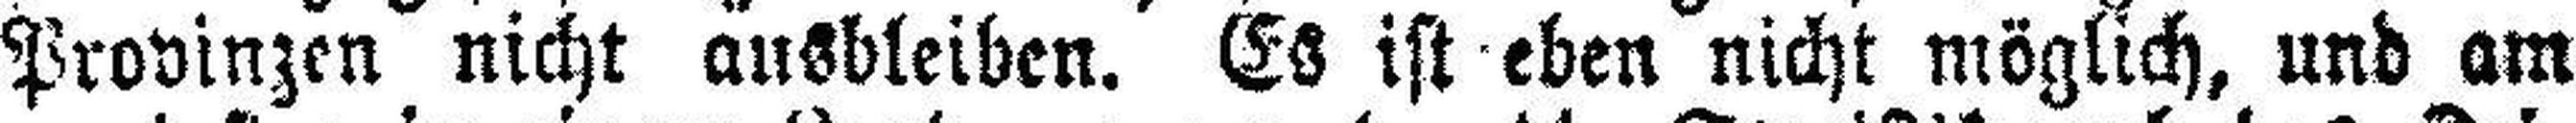
Provinzen nicht ausbleiben. Es ist eben nicht möglich, und am